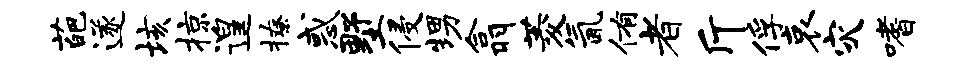
葩遂垓掠遑撩惑墅侵甥翕菱氤侑者斤俘哀灾嗜